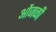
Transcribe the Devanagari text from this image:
ओंजळी